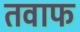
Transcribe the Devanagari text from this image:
तवाफ